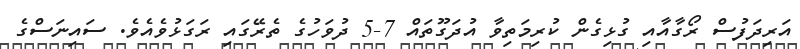
އަރިދަފުސް ރޯގާއާއި ގުޅިގެން ކުރިމަތިވާ އުދަގޫތައް 7-5 ދުވަހުގެ ތެރޭގައި ރަގަޅުވެއެވެ. ސައިނަސްގެ